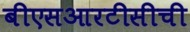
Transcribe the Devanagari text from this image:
बीएसआरटीसीची